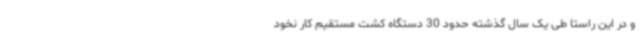
و در این راستا طی یک سال گذشته حدود 30 دستگاه کشت مستقیم کار نخود